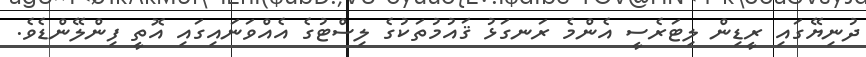
ދުނިޔޭގައި ރީޑިން ލިޓަރެސީ އެންމެ ރަނގަޅު ޤައުމުތަކުގެ ލިސްޓުގެ އެއްވަނައިގައި އޮތީ ފިންލޭންޑެވެ.